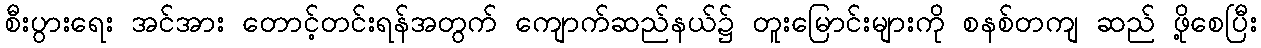
စီးပွားရေး အင်အား တောင့်တင်းရန်အတွက် ကျောက်ဆည်နယ်၌ တူးမြောင်းများကို စနစ်တကျ ဆည် ဖို့စေပြီး